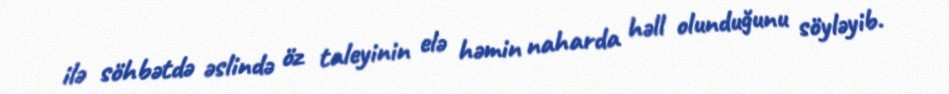
ilə söhbətdə əslində öz taleyinin elə həmin naharda həll olunduğunu söyləyib.